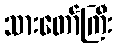
သားတော်ကြီး